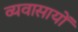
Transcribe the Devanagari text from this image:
व्यवासायों